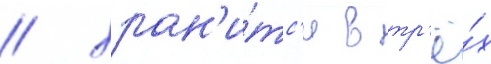
/ хран'и́тс'я в тр'ё́х